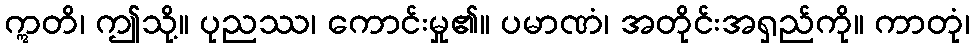
ဣတိ၊ ဤသို့။ ပုညဿ၊ ကောင်းမှု၏။ ပမာဏံ၊ အတိုင်းအရှည်ကို။ ကာတုံ၊